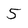
Character: 5